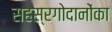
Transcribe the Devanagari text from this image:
सहस्रगोदानोंका